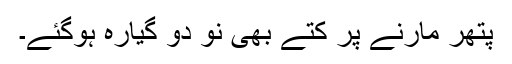
پتھر مارنے پر کتے بھی نو دو گیارہ ہوگئے۔